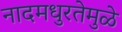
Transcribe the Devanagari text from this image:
नादमधुरतेमुळे